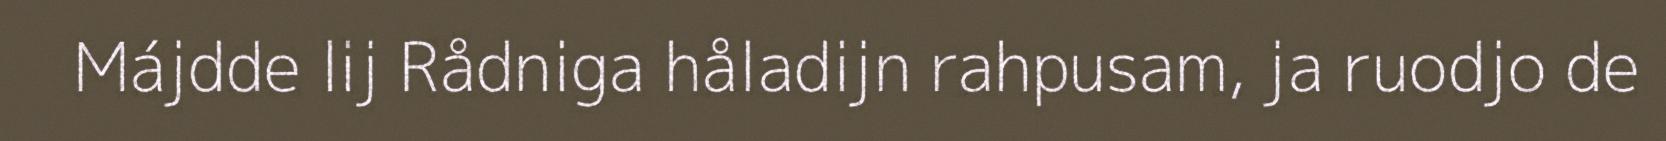
Májdde lij Rådniga håladijn rahpusam, ja ruodjo de